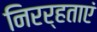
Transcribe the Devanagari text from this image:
निरर्हताएं